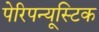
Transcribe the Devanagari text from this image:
पेरिपन्यूस्टिक